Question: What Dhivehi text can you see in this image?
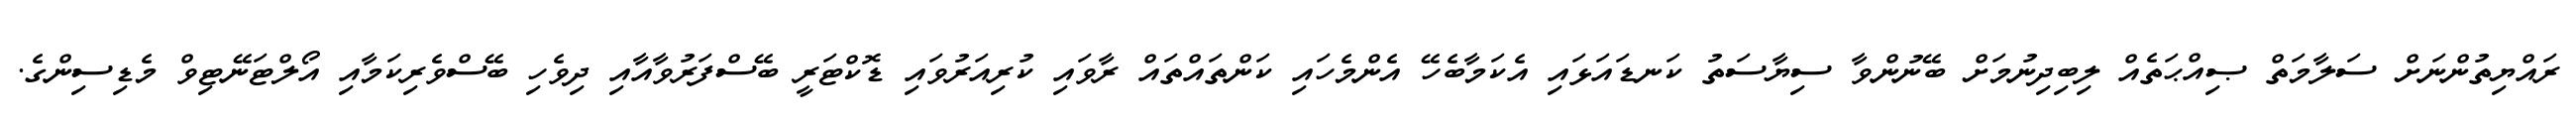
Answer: ރައްޔިތުންނަށް ސަލާމަތް ޞިއްޙަތެއް ލިބިދިނުމަށް ބޭނުންވާ ސިޔާސަތު ކަނޑައަޅައި އެކަމާބެހޭ އެންމެހައި ކަންތައްތައް ރާވައި ކުރިއަރުވައި ޑޮކްޓަރީ ބޭސްފަރުވާއާއި ދިވެހި ބޭސްވެރިކަމާއި އޯލްޓަނޭޓިވް މެޑިސިންގެ.